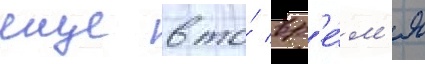
еще в то́ вр'е́м'я